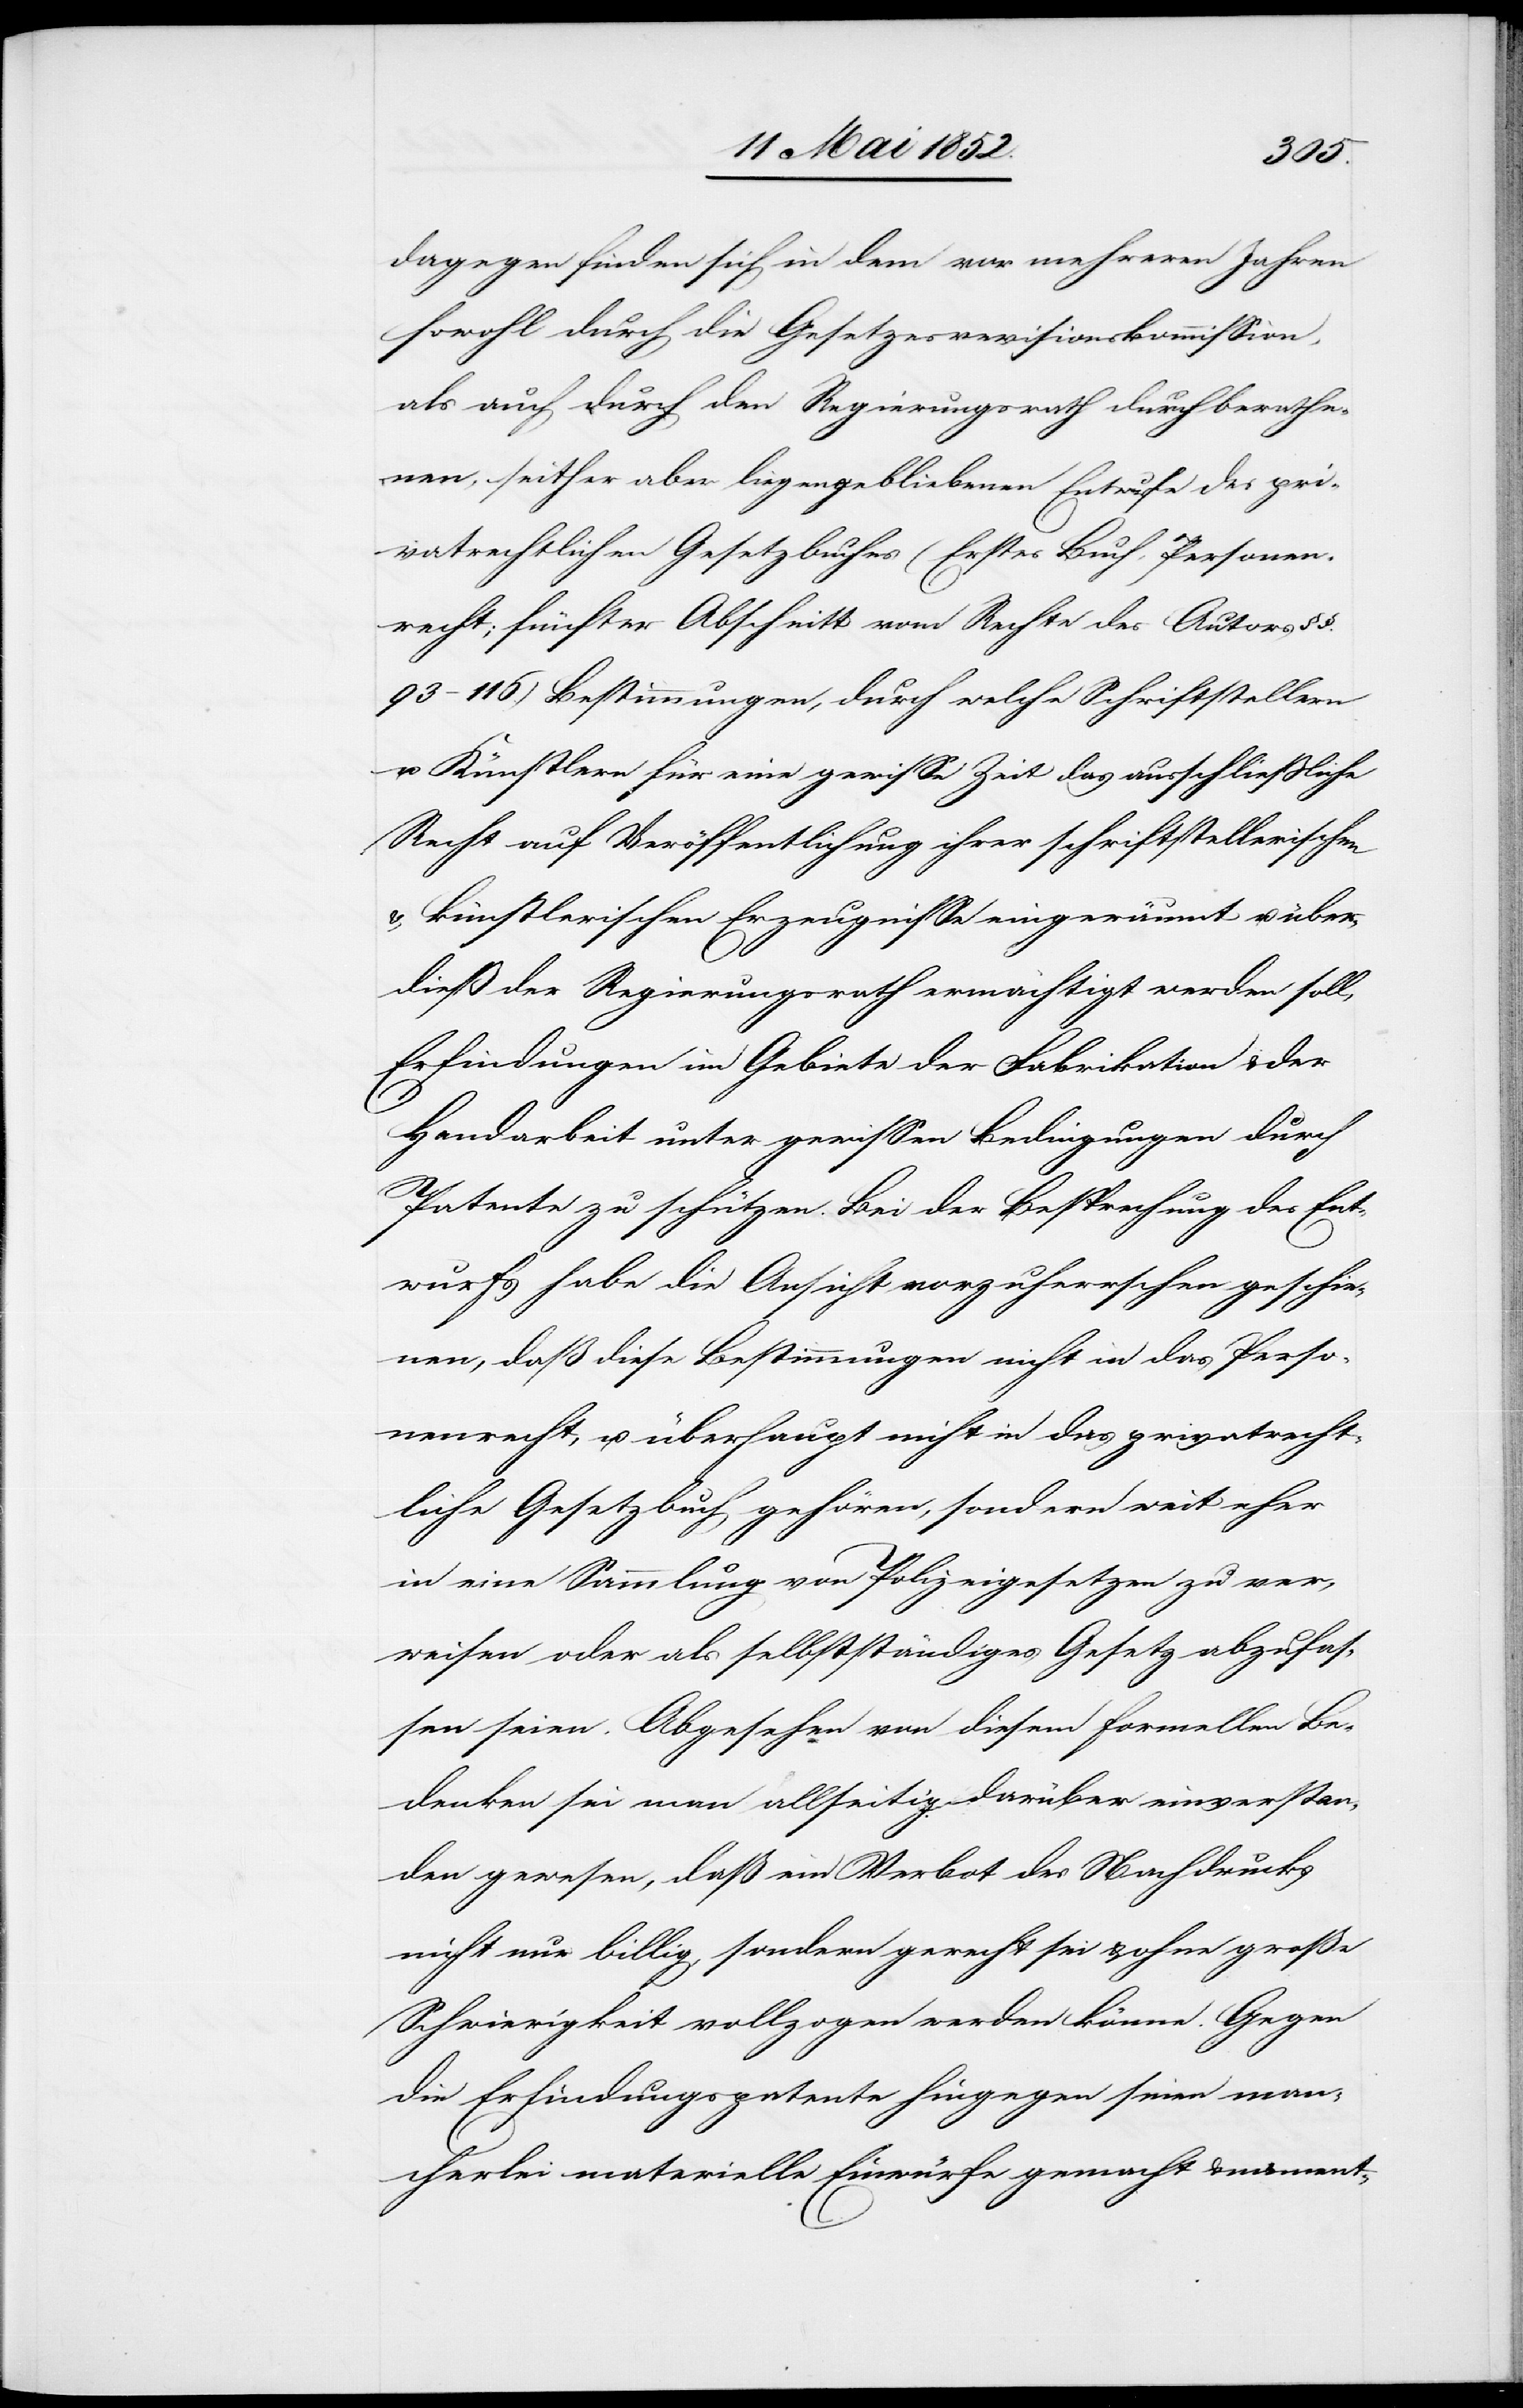
dagegen finden sich in dem vor mehreren Jahren
sowohl durch die Gesetzesrevisionskommission,
als auch durch den Regierungsrath durchberathe¬
nen, seither aber liegengebliebenen Entwurfe des pri¬
vatrechtlichen Gesetzbuches (Erstes Buch, Personen¬
recht; fünfter Abschnitt vom Rechte des Autors §§.
93–116.) Bestimmungen, durch welche Schriftstellern
u. Künstlern für eine gewisse Zeit das ausschliessliche
Recht auf Veröffentlichung ihrer schriftstellerischen
& künstlerischen Erzeugnisse eingeräumt u. über¬
dieß der Regierungsrath ermächtigt werden soll,
Erfindungen im Gebiete der Fabrikation & der
Handarbeit unter gewissen Bedingungen durch
Patente zu schützen. Bei der Besprechung des Ent¬
wurfs habe die Ansicht vorzuherrschen geschie¬
nen, daß diese Bestimmungen nicht in das Perso¬
nenrecht, u. überhaupt nicht in das privatrecht¬
liche Gesetzbuch gehören, sondern weit eher
in eine Sammlung von Polizeigesetzen zu ver¬
weisen oder als selbstständiges Gesetz abzufas¬
sen seien. Abgesehen von diesem formellen Be¬
denken sei man allseitig darüber einverstan¬
den gewesen, daß ein Verbot des Nachdrucks
nicht nur billig, sondern gerecht sei & ohne große
Schwierigkeit vollzogen werden könne. Gegen
die Erfindungspatente hingegen seien man¬
cherlei materielle Einwürfe gemacht & nament-